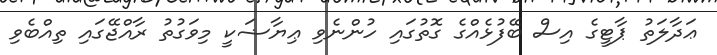
ޢަދާލަތު ޕާޓީގެ އިސް ބޭފުޅެއްގެ ގޮތުގައި ހުންނެވި ޢިޔާޟަކީ މިވަގުތު ރާއްޖޭގައި ތިއްބެވި